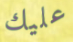
عليك